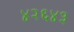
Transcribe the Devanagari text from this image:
४२६४३